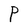
Character: P